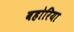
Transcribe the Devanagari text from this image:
बहोरिया